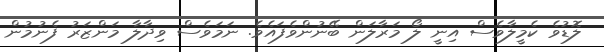
ލޮޑުވެ ކެމީލާވެސް އިނީ ލޯ މަރާލަން ބޭނުންވެފައެވެ. ނަމަވެސް ވިދާލާ މަންޒަރު ފެނުމުން